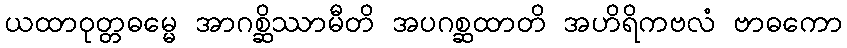
ယထာဝုတ္တဓမ္မေ အာဂစ္ဆိဿာမီတိ အပဂစ္ဆထာတိ အဟိရိကဗလံ ဗာဓကော